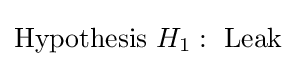
{\text{Hypothesis }}H_{1}:{\text{ Leak}}